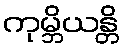
ကုမ္ဘိယန္တိ